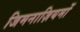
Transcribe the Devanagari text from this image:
जिमनाज़ियमों